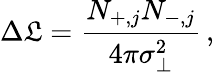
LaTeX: \Delta\mathfrak{L}=\frac{N_{+,j}N_{-,j}}{4\pi\sigma_{\perp}^{2}}\, ,